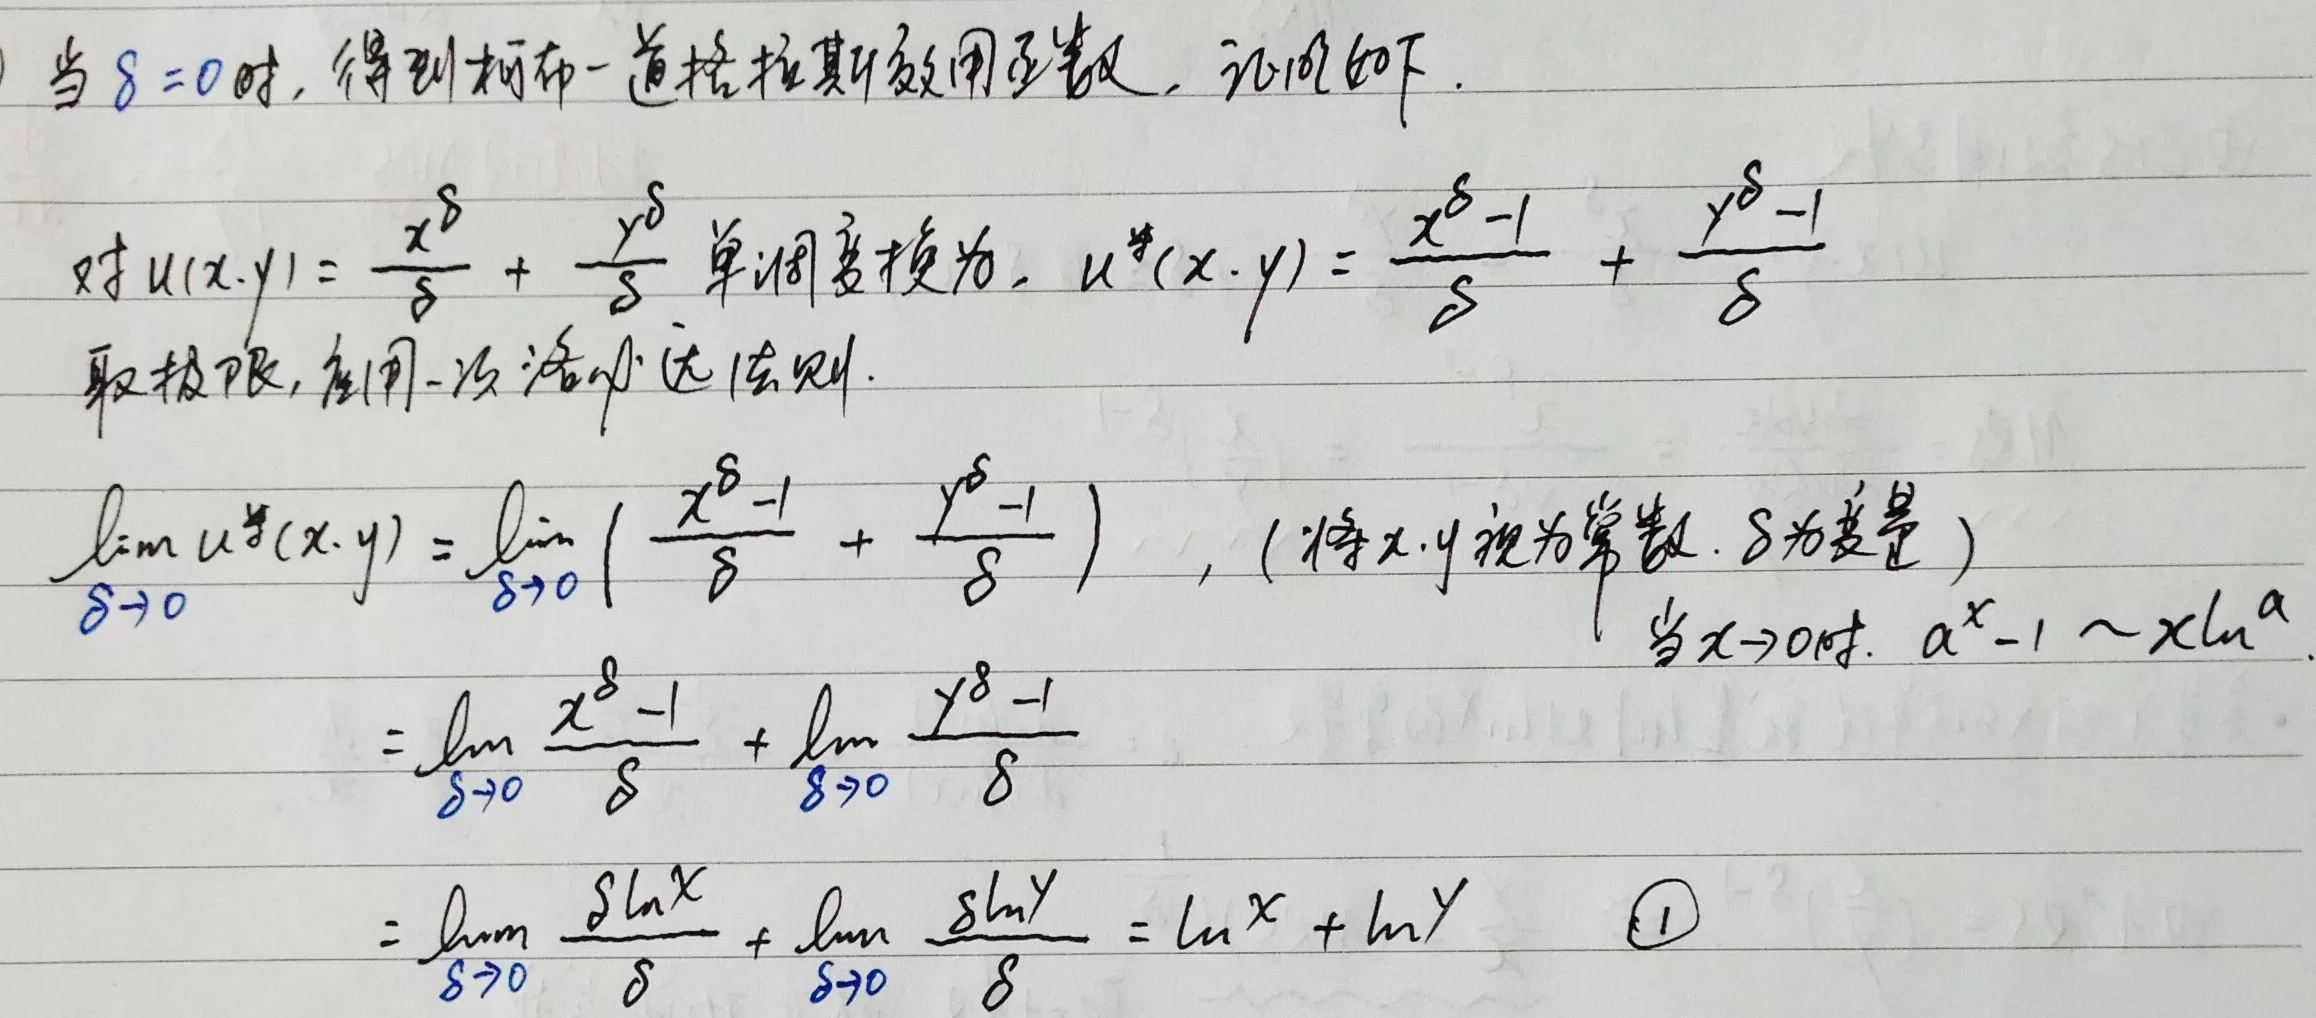
当\(\delta = 0\)时，得到柯布 - 道格拉斯效用函数，证明如下。对\(u(x,y)=\frac{x^{\delta}}{\delta}+\frac{y^{\delta}}{\delta}\)单调变换为\(u^{*}(x,y)=\frac{x^{\delta}-1}{\delta}+\frac{y^{\delta}-1}{\delta}\)，取极限，应用洛必达法则。

\(\lim\limits_{\delta\rightarrow0}u^{*}(x,y)=\lim\limits_{\delta\rightarrow0}(\frac{x^{\delta}-1}{\delta}+\frac{y^{\delta}-1}{\delta})\)，（将\(x,y\)视为常数，\(\delta\)为变量）

\(=\lim\limits_{\delta\rightarrow0}\frac{x^{\delta}-1}{\delta}+\lim\limits_{\delta\rightarrow0}\frac{y^{\delta}-1}{\delta}\)

\(=\lim\limits_{\delta\rightarrow0}\frac{\delta\ln x}{\delta}+\lim\limits_{\delta\rightarrow0}\frac{\delta\ln y}{\delta}=\ln x+\ln y\) \textcircled{1}